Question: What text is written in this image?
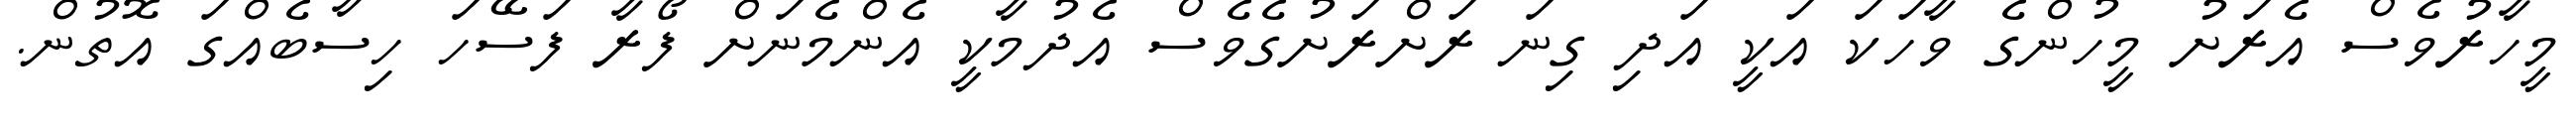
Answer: މީހާރުވެސް އެރަށު މީހުންގެ ވާހަކަ އަކީ އަދި ގިނަ ރަށްރަށުގެވެސް އެދުމާކީ އެންމެނަށް ފޯރާ ފަސޭހަ ހިސާބެއްގަ އޮތުން.